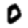
Digit: 0